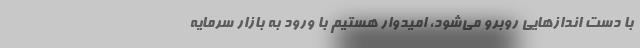
با دست انداز‌هایی روبرو می‌شود، امیدوار هستیم با ورود به بازار سرمایه